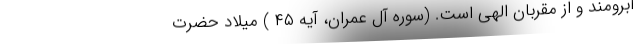
آبرومند و از مقربان الهی است. (سوره آل عمران، آیه ۴۵ ) میلاد حضرت